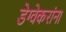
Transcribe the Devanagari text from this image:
डेग्वेकरांना